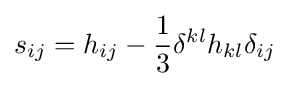
s_{ij}=h_{ij}-{\frac {1}{3}}\delta ^{kl}h_{kl}\delta _{ij}